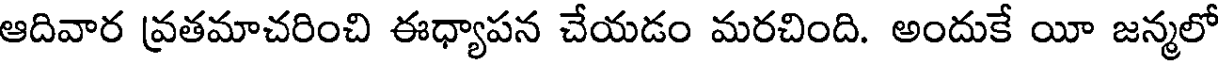
ఆదివార వ్రతమాచరించి ఈధ్యాపన చేయడం మరచింది. అందుకే యీ జన్మలో